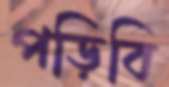
পড়িবি